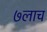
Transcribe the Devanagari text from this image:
७लाच